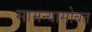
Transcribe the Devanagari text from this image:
सामन्यासोबत